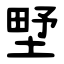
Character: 㙒